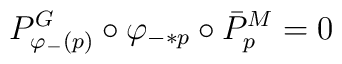
P^G_{\varphi_-(p)} \circ \varphi_{-*p} \circ \bar P^M_p = 0